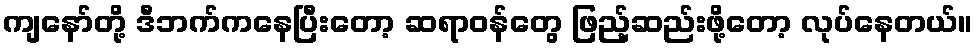
ကျနော်တို့ ဒီဘက်ကနေပြီးတော့ ဆရာဝန်တွေ ဖြည့်ဆည်းဖို့တော့ လုပ်နေတယ်။